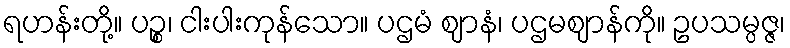
ရဟန်းတို့။ ပဉ္စ၊ ငါးပါးကုန်သော။ ပဌမံ ဈာနံ၊ ပဌမဈာန်ကို။ ဥပသမ္ပဇ္ဇ၊